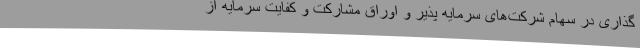
گذاری در سهام شرکت‌های سرمایه پذیر و اوراق مشارکت و کفایت سرمایه از